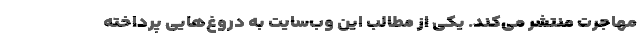
مهاجرت منتشر می‌کند. یکی از مطالب این وب‌سایت به دروغ‌هایی پرداخته